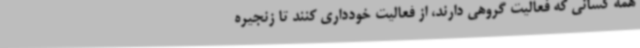
همه کسانی که فعالیت گروهی دارند، از فعالیت خودداری کنند تا زنجیره